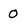
Character: 0